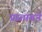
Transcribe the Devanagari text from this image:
प्रस्तावने